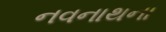
નવનાથના